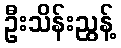
ဦးသိန်းညွန့်